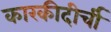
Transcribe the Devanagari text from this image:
कारकीदीर्ची